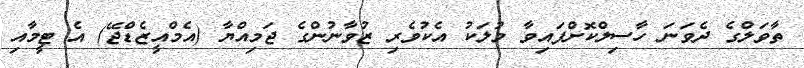
ތާވަލްގެ ދެވަނަ ހާސިލްކޮށްފައިވާ މުލަކު އެކުވެރި ޒުވާނުންގެ ޖަމިއްޔާ (އެމްއީޒެޑްޖޭ) އެ ޓީމާއި